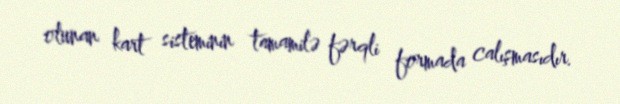
olunan kart sisteminin tamamilə fərqli formada calışmasıdır.